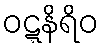
ဝဋ္ဋနိရိဝ